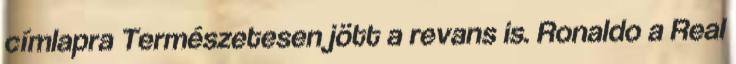
címlapra Természetesen jött a revans is. Ronaldo a Real